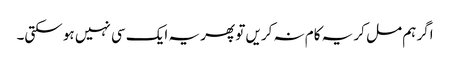
اگر ہم مل کر یہ کام نہ کریں تو پھر یہ ایک سی نہیں ہو سکتی۔